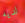
لديه